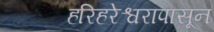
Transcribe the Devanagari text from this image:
हरिहरेश्वरापासून